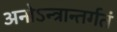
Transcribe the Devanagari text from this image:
अनोऽन्त्रान्तर्गतं